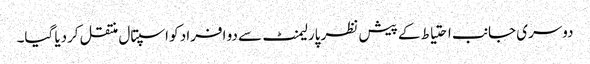
دوسری جانب احتیاط کے پیش نظر پارلیمنٹ سے دو افراد کو اسپتال منتقل کردیا گیا۔